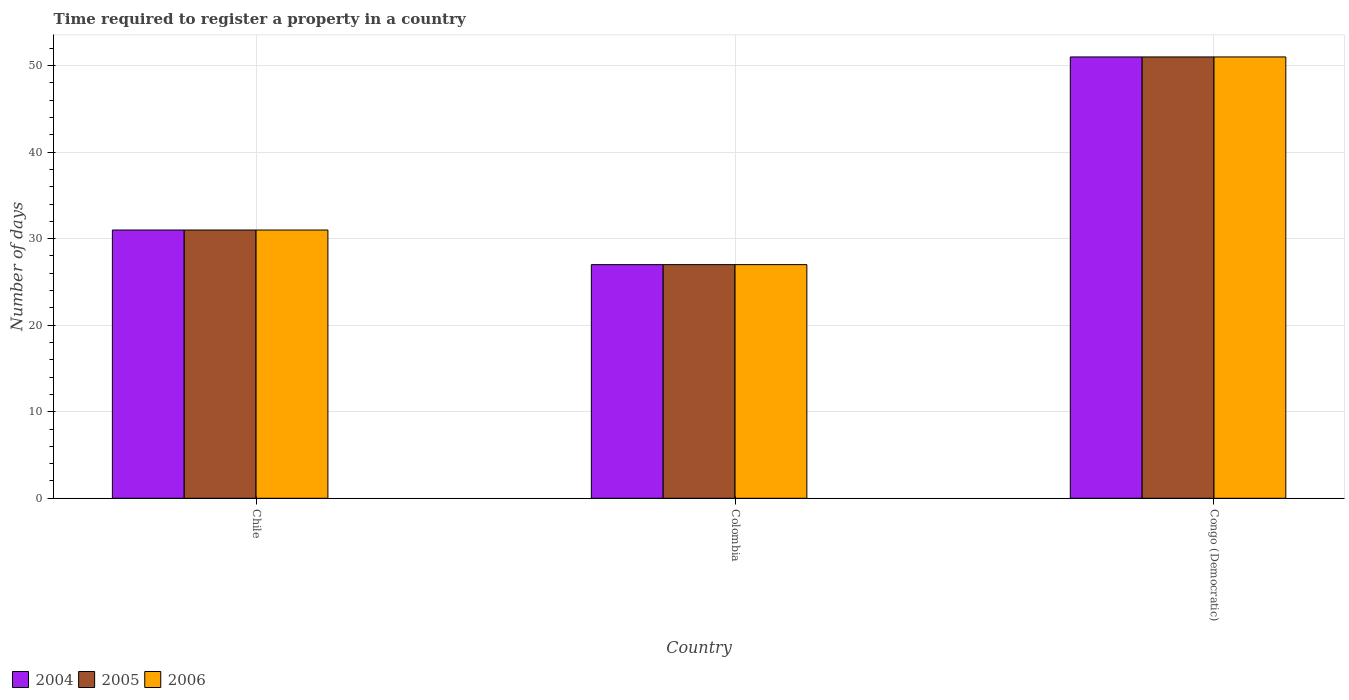
| Country | 2004 | 2005 | 2006 |
 | --- | --- | --- | --- |
 | Chile | 31 | 31 | 31 |
 | Colombia | 27 | 27 | 27 |
 | Congo (Democratic) | 51 | 51 | 51 |